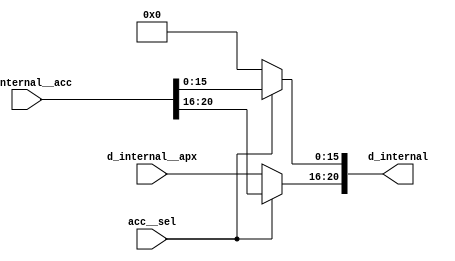
module mux_module (d_internal, d_internal__acc, d_internal__apx, acc__sel); 
parameter DATA_PATH_BITWIDTH= 16; 

input [(DATA_PATH_BITWIDTH -8 + DATA_PATH_BITWIDTH - 8) - 1 -11: 0] d_internal__apx;
input [(DATA_PATH_BITWIDTH + DATA_PATH_BITWIDTH) - 1 -11: 0] d_internal__acc;
input acc__sel; 
output [(DATA_PATH_BITWIDTH + DATA_PATH_BITWIDTH) - 1 -11: 0] d_internal;

assign d_internal [(DATA_PATH_BITWIDTH + DATA_PATH_BITWIDTH) - 1 - 11 : 16] = acc__sel ? d_internal__acc[(DATA_PATH_BITWIDTH + DATA_PATH_BITWIDTH) - 1 - 11: 16] : d_internal__apx;
assign  d_internal[15: 0] = acc__sel ? d_internal__acc[15: 0]:{(16){1'b0}};

endmodule



module conf_int_mul__noFF__arch_agnos__apx ( clk, racc, rapx, a, b, d);
   parameter OP_BITWIDTH = 16; 
   parameter DATA_PATH_BITWIDTH = 24;
   
   input clk;
   input racc;
   input rapx;
   input [DATA_PATH_BITWIDTH -1: 0] a;
   input [DATA_PATH_BITWIDTH -1 - 11: 0] b;
   //output [(DATA_PATH_BITWIDTH + DATA_PATH_BITWIDTH ) - 1 - 11 : 0] d;
   output [(DATA_PATH_BITWIDTH - 8+ DATA_PATH_BITWIDTH - 8) - 1 - 11 : 0] d;
   assign d = $signed(a[25:8]) * $signed(b[14:8]);
endmodule

// *** F:DN multiplier wrapper
//module conf_int_mul__noFF__arch_agnos__w_wrapper( clk, racc, rapx, A_in_to_wrapper, B_in_to_wrapper, d, state, rstP, P, count0);

module conf_int_mul__noFF__arch_agnos__w_wrapper__apx (A_in_to_wrapper, B_in_to_wrapper, state_in_to_wrapper, rstP, clk, racc,rapx, P, count0, state_out_of_wrapper, d_internal__acc, acc__sel, A_out, B_out);
   parameter OP_BITWIDTH = 16; //operator bit width
   parameter DATA_PATH_BITWIDTH = 24; //flip flop Bit width
   
   input [DATA_PATH_BITWIDTH -1: 0] A_in_to_wrapper;
   input [DATA_PATH_BITWIDTH -1 - 11: 0] B_in_to_wrapper;
   input [8:0] count0;
   input [2:0] state_in_to_wrapper;      
   output [2:0] state_out_of_wrapper;      
   input acc__sel;
   input [(DATA_PATH_BITWIDTH + DATA_PATH_BITWIDTH) - 1 -11:0] d_internal__acc;
   input rstP; 
   input clk;
   input racc; //accurate bits reset  
   input rapx; //apx bits reset
   output [31:0] P; 
   output [DATA_PATH_BITWIDTH -1: 0] A_out;
   output [DATA_PATH_BITWIDTH -1 - 11: 0] B_out;

   
   
   wire [DATA_PATH_BITWIDTH -1: 0] A_in;
   wire [DATA_PATH_BITWIDTH -1 -11: 0] B_in;
   //wire [2*(DATA_PATH_BITWIDTH) - 1 : 0] d_;
   wire [(DATA_PATH_BITWIDTH -8 + DATA_PATH_BITWIDTH - 8) - 1 -11: 0] d_internal__apx;
   //wire [(DATA_PATH_BITWIDTH + DATA_PATH_BITWIDTH) - 1 -11: 0] d_internal__acc;
   wire [(DATA_PATH_BITWIDTH + DATA_PATH_BITWIDTH) - 1 -11: 0] d_internal;
   wire [DATA_PATH_BITWIDTH -1 : 0] A_in_to_multiply;
   wire [DATA_PATH_BITWIDTH -1 - 11 : 0] B_in_to_multiply;
   //.................................................... 
   reg [DATA_PATH_BITWIDTH -1 : 0] a_reg;
   reg [DATA_PATH_BITWIDTH -1 -11: 0] b_reg;
   reg [31: 0] P_tmp;
   reg [31: 0] c_reg;  
   reg [2:0] state;      
   // *** F:DN combination logic 
   assign A_in = a_reg;
   assign B_in = b_reg;
  
//   assign A_in_to_multiply =  (state == 3'b010) ? (A_in << 8): {A_in[DATA_PATH_BITWIDTH: `OP_BITWIDTH], {(`OP_BITWIDTH){1'b0}}};
//   assign B_in_to_multiply =  (state == 3'b010) ? {B_in[DATA_PATH_BITWIDTH:`OP_BITWIDTH], {(`OP_BITWIDTH){1'b0}}} : {B_in[DATA_PATH_BITWIDTH:`OP_BITWIDTH], {(`OP_BITWIDTH){1'b0}}};
  
   //assign A_in_to_multiply =  (state == 3'b010) ? (A_in << 8): A_in;
   assign A_in_to_multiply =  A_in;
   assign B_in_to_multiply =  B_in;
   assign P = c_reg;
   assign A_out = A_in_to_multiply;
   assign B_out = B_in_to_multiply;
   
   //assign d_internal = (state == 3'b010) ? (d_internal>>8) : d_internal;
 
   // synopsys dc_script_begin
   //set_dont_touch d_internal__apx
   //set_dont_touch d_internal__acc
   //set_dont_touch d_internal
   // synopsys dc_script_end
   //assign d_internal = d_internal;

   conf_int_mul__noFF__arch_agnos__apx #(OP_BITWIDTH, DATA_PATH_BITWIDTH) mul__inst(.clk(clk), .racc(racc), .rapx(rapx), .a(A_in_to_multiply), .b(B_in_to_multiply), .d(d_internal__apx));

   
   mux_module #(DATA_PATH_BITWIDTH) my_mux(d_internal, d_internal__acc, d_internal__apx, acc__sel);
   
   

   //multiply mul(A_in_to_multiply, B_in_to_multiply, d_internal);

   assign state_out_of_wrapper = state;
   // *** F:DN sequential logic
   always@(posedge clk or posedge racc)
   begin 
       if (racc == 1'b1)begin
           state <= 0;
       end
       else begin
          state <= state_in_to_wrapper; 
       end
   end
   
   always@(posedge clk or posedge racc)
   begin
       if (racc == 1'b1)begin
//           a_reg[DATA_PATH_BITWIDTH -1: DATA_PATH_BITWIDTH - OP_BITWIDTH] <= 0;
//           b_reg[DATA_PATH_BITWIDTH -1: DATA_PATH_BITWIDTH - OP_BITWIDTH] <= 0;
           a_reg <= 0;
           b_reg <= 0;
       end
       else begin 
           //** lower chunk 
           if ((state == 3'b001 && count0 == 9'd63) || (state == 3'b010)) begin
               if (rapx == 1'b1 && ~(racc)) begin  
                   //A[DATA_PATH_BITWIDTH:a1_cut] <= A_in_to_wrapper; //commented out since a1_cut is set to be zero all the time
                   a_reg[DATA_PATH_BITWIDTH - 1 :0] <= ({A_in_to_wrapper[DATA_PATH_BITWIDTH - 1 -8:0], 8'b0});
                   b_reg[DATA_PATH_BITWIDTH -1 - 11: DATA_PATH_BITWIDTH - OP_BITWIDTH] <= B_in_to_wrapper[DATA_PATH_BITWIDTH -1 -11: DATA_PATH_BITWIDTH - OP_BITWIDTH  -1];
                   //b_reg[DATA_PATH_BITWIDTH - OP_BITWIDTH -1 :0] <= B_in_to_wrapper[DATA_PATH_BITWIDTH - OP_BITWIDTH -1 :0];
                   b_reg[DATA_PATH_BITWIDTH - OP_BITWIDTH -1 :0] <= 0;
               end
               else begin
                   //A[h:a1_cut] <= A_in_to_wrapper; //commented out since a1_cut is always set to zero
                   a_reg[DATA_PATH_BITWIDTH -1 :0] <= {A_in_to_wrapper[DATA_PATH_BITWIDTH - 1 - 8:0], 8'b0};
                   b_reg[DATA_PATH_BITWIDTH -1 -11 :0] <= {B_in_to_wrapper[DATA_PATH_BITWIDTH -1 -11:0], 1'b0};
               end       
           end
           else if ((state == 3'b011) || (state == 3'b100))begin
               if (rapx == 1'b1 && ~(racc))begin  
                   a_reg[DATA_PATH_BITWIDTH -1: DATA_PATH_BITWIDTH - OP_BITWIDTH] <= A_in_to_wrapper[DATA_PATH_BITWIDTH -1 : DATA_PATH_BITWIDTH - OP_BITWIDTH];
                   a_reg[DATA_PATH_BITWIDTH - OP_BITWIDTH -1 :0] <=  0;// {(OP_BITWIDTH){1'b0}};
                   b_reg[DATA_PATH_BITWIDTH -1 - 11: DATA_PATH_BITWIDTH - OP_BITWIDTH] <= B_in_to_wrapper[DATA_PATH_BITWIDTH -1 -11 : DATA_PATH_BITWIDTH - OP_BITWIDTH];
                   b_reg[DATA_PATH_BITWIDTH - OP_BITWIDTH -1 :0] <= 0;//{(OP_BITWIDTH){1'b0}};
               end
               else begin
                   a_reg[DATA_PATH_BITWIDTH - 1 :0] <=  A_in_to_wrapper[DATA_PATH_BITWIDTH - 1: 0];
                   b_reg[DATA_PATH_BITWIDTH - 1 -11:0] <= B_in_to_wrapper[DATA_PATH_BITWIDTH - 1 -11:0];
               end
           end
       end
   end
  /*
  always@(posedge clk)
  begin
       if (racc == 1'b1)begin
           a_reg [DATA_PATH_BITWIDTH - OP_BITWIDTH -1 :0]<= 0;
           b_reg [DATA_PATH_BITWIDTH - OP_BITWIDTH -1 :0]<= 0;
       end
       else  if ((state == 3'b001 && count0 == 9'd63))
          begin
          if (rapx == 1'b1 && ~(racc))begin  
              //A[DATA_PATH_BITWIDTH:a1_cut] <= A_in_to_wrapper; //commented out since a1_cut is set to be zero all the time
              a_reg[DATA_PATH_BITWIDTH - OP_BITWIDTH -1 + 8 :0] <= ({A_in_to_wrapper[DATA_PATH_BITWIDTH - OP_BITWIDTH -1 :0], 8'b0});
              b_reg[DATA_PATH_BITWIDTH - OP_BITWIDTH -1 :0] <= 0;//{(OP_BITWIDTH){1'b0}};
          end
          else begin
              //A[h:a1_cut] <= A_in_to_wrapper; //commented out since a1_cut is always set to zero
              a_reg[DATA_PATH_BITWIDTH - OP_BITWIDTH -1 + 8 :0] <= {A_in_to_wrapper[DATA_PATH_BITWIDTH - OP_BITWIDTH -1 :0], 8'b0};
              b_reg[DATA_PATH_BITWIDTH - OP_BITWIDTH -1 :0] <= B_in_to_wrapper[DATA_PATH_BITWIDTH - OP_BITWIDTH -1 :0];
          end       
      end
      else if (state == 3'b010) begin
          if (state_in_to_wrapper != 3'b011) begin 
              if (rapx == 1'b1 && ~(racc))begin  
                  //A[DATA_PATH_BITWIDTH:a1_cut] <= A_in_to_wrapper; //commented out since a1_cut is set to be zero all the time
                  a_reg[DATA_PATH_BITWIDTH - OP_BITWIDTH -1 + 8 :0] <= ({A_in_to_wrapper[DATA_PATH_BITWIDTH - OP_BITWIDTH -1 :0],  8'b0});
                  b_reg[DATA_PATH_BITWIDTH - OP_BITWIDTH -1 :0] <= 0;//{(OP_BITWIDTH){1'b0}};
              end
              else begin
                  //A[h:a1_cut] <= A_in_to_wrapper; //commented out since a1_cut is always set to zero
                  a_reg[DATA_PATH_BITWIDTH - OP_BITWIDTH -1 + 8 :0] <= {A_in_to_wrapper[DATA_PATH_BITWIDTH - OP_BITWIDTH -1 :0], 8'b0};
                  b_reg[DATA_PATH_BITWIDTH - OP_BITWIDTH -1 :0] <= B_in_to_wrapper[DATA_PATH_BITWIDTH - OP_BITWIDTH -1 :0];
              end
          end
          else begin 
              if (rapx == 1'b1 && ~(racc))begin  
                  //A[DATA_PATH_BITWIDTH:a1_cut] <= A_in_to_wrapper; //commented out since a1_cut is set to be zero all the time
                  a_reg[DATA_PATH_BITWIDTH - OP_BITWIDTH -1  :0] <= A_in_to_wrapper[DATA_PATH_BITWIDTH - OP_BITWIDTH -1 :0];
                  b_reg[DATA_PATH_BITWIDTH - OP_BITWIDTH -1 :0] <= 0;//{(OP_BITWIDTH){1'b0}};
              end
              else begin
                  //A[h:a1_cut] <= A_in_to_wrapper; //commented out since a1_cut is always set to zero
                  a_reg[DATA_PATH_BITWIDTH - OP_BITWIDTH -1 :0] <= A_in_to_wrapper[DATA_PATH_BITWIDTH - OP_BITWIDTH -1 :0];
                  b_reg[DATA_PATH_BITWIDTH - OP_BITWIDTH -1 :0] <= B_in_to_wrapper[DATA_PATH_BITWIDTH - OP_BITWIDTH -1 :0];
              end
          end
      end
      else if ((state == 3'b011) ||
          (state == 3'b100))begin
          if (rapx == 1'b1 && ~(racc))begin  
              a_reg[DATA_PATH_BITWIDTH - OP_BITWIDTH -1 :0] <=  0;// {(OP_BITWIDTH){1'b0}};
              b_reg[DATA_PATH_BITWIDTH - OP_BITWIDTH -1 :0] <= 0;//{(OP_BITWIDTH){1'b0}};
          end
          else begin
              a_reg[DATA_PATH_BITWIDTH - OP_BITWIDTH -1 :0] <=  A_in_to_wrapper[DATA_PATH_BITWIDTH - OP_BITWIDTH - 1: 0];
              b_reg[DATA_PATH_BITWIDTH - OP_BITWIDTH - 1 :0] <= B_in_to_wrapper[DATA_PATH_BITWIDTH - OP_BITWIDTH -1 :0];

          end
      end
  end
*/
   always@(posedge clk)
   begin
       if (rstP == 1'b1) begin
           c_reg <= 32'b0;
       end
       else if (state ==  3'b010)begin
           //P_tmp[31:0] = ({{3{d_internal[31+8]}}, d_internal[31+8:3+8]});
           //P_tmp[31:0] = d_internal[31+8:8];
           
           P_tmp[31:0] = {d_internal[25+8+1:8+1], 6'b0}; //14 bit
           //P_tmp[31:0] = {d_internal[24+8:8], 7'b0}; //13 bit, 26 or 24 bit mul
           //P_tmp[31:0] = {d_internal[23+8:8], 8'b0}; //11 bit, 26 or 24 bit mul
           //P_tmp[31:0] = {d_internal[22+8:8], 9'b0}; //11 bit, 26 or 24 bit mul
           //P_tmp[31:0] = {d_internal[21+8:8], 10'b0}; //10 bit, 26 or 24 bit mul
           
           c_reg <= P_tmp;
       end
       else begin
           //c_reg[31:0] <= d_internal[39:8];
           
           c_reg[31:0] <= d_internal[39:8];  //14 bit, 26 bit mul
           //c_reg[31:0] <= d_internal[37:6];  //13 bit, 26 bit mul 
           //c_reg[31:0] <= d_internal[35:4];  //11 bit, 26 bit mul
           //c_reg[31:0] <= d_internal[33:2];  //11 bit, 26 bit mul
           //c_reg[31:0] <= d_internal[31:0];  //10 bit, 26 bit mul
           
           //c_reg[31:0] <= d_internal[37:6];  //14 bit
           
           
           //c_reg[31:0] <= d_internal[39:8];  //16 bit
           //c_reg[31:0] <= {{3{d_internal[39]}}, d_internal[39:11]};
       end
   end

endmodule




// *** F:DN accurate part starts
module conf_int_mul__noFF__arch_agnos( clk, racc, rapx, a, b, d);
   parameter OP_BITWIDTH = 16; 
   parameter DATA_PATH_BITWIDTH = 24;
   
   input clk;
   input racc;
   input rapx;
   input [DATA_PATH_BITWIDTH -1: 0] a;
   input [DATA_PATH_BITWIDTH -1 - 11: 0] b;
   //output [(DATA_PATH_BITWIDTH + DATA_PATH_BITWIDTH ) - 1 - 11 : 0] d;
   output [(DATA_PATH_BITWIDTH +  DATA_PATH_BITWIDTH ) - 1 - 11 : 0] d;
   assign d = $signed(a) * $signed(b);
endmodule

module conf_int_mul__noFF__arch_agnos__w_wrapper(A_in_to_wrapper, B_in_to_wrapper, state_in_to_wrapper, rstP, clk, racc,rapx, P, count0, state_out_of_wrapper, acc__sel);
   parameter OP_BITWIDTH = 16; //operator bit width
   parameter DATA_PATH_BITWIDTH = 24; //flip flop Bit width
   
   input [DATA_PATH_BITWIDTH -1: 0] A_in_to_wrapper;
   input [DATA_PATH_BITWIDTH -1 - 11: 0] B_in_to_wrapper;
   input [8:0] count0;
   input [2:0] state_in_to_wrapper;      
   output [2:0] state_out_of_wrapper;      
   input acc__sel;
   wire [(DATA_PATH_BITWIDTH + DATA_PATH_BITWIDTH) - 1 -11:0] d_internal__acc;
   input rstP; 
   input clk;
   input racc; //accurate bits reset  
   input rapx; //apx bits reset
   output [31:0] P; 
   wire [DATA_PATH_BITWIDTH -1: 0] A_out;
   wire [DATA_PATH_BITWIDTH -1 - 11: 0] B_out;

wire [DATA_PATH_BITWIDTH:0] d__acc;
// synopsys dc_script_begin
 //set_dont_touch mul__inst__apx
 // synopsys dc_script_end
conf_int_mul__noFF__arch_agnos #(OP_BITWIDTH, DATA_PATH_BITWIDTH) mul__inst__acc(.clk(clk), .racc(racc), .rapx(rapx),.a(A_out), .b(B_out), .d(d_internal__acc));


// *** F:DN replace the following module w/ the syntehsis results
conf_int_mul__noFF__arch_agnos__w_wrapper__apx #(OP_BITWIDTH, DATA_PATH_BITWIDTH) mul__inst__apx(A_in_to_wrapper, B_in_to_wrapper, state_in_to_wrapper, rstP, clk, racc,rapx, P, count0, state_out_of_wrapper, d_internal__acc, acc__sel, A_out, B_out);


//--- for testing purposes
//--- duplicate
//assign d = d__ignore;
/*
// ---- non duplicates
//--- F:DN acc
//assign d = a*b; 

//-- F:DN apx
assign d[63:16] = a[23:8]*b[23:8]; //apx
assign d[15:0] = 16'b0;
*/

endmodule